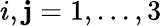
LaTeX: i,\mathbf{j}=1,...,3